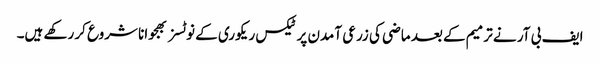
ایف بی آر نے ترمیم کے بعد ماضی کی زرعی آمدن پر ٹیکس ریکوری کے نوٹسز بھجوانا شروع کر رکھے ہیں۔